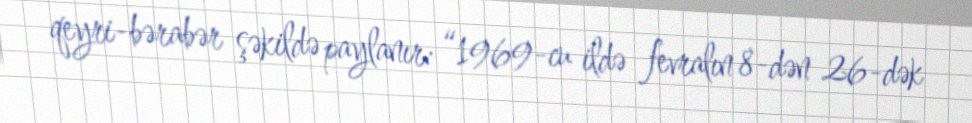
qeyri-bərabər şəkildə paylanır: “1969-cu ildə fevralın 8-dən 26-dək